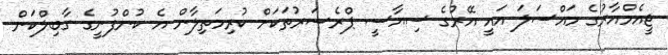
ޖީއެމްއާރުގެ މައްސަލަ އައީ އޭރުގެ ސިޔާސީ ޕްރެޝަރުތަކަށް ކުރިމަތިލާން އެ ކުންފުނީގެ ގާބިލްކަން